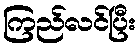
ကြည်လင်ပြီး